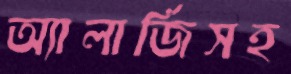
অ্যালার্জিসহ